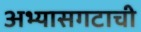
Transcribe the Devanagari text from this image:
अभ्यासगटाची